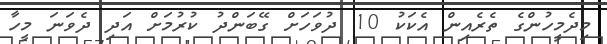
މިދެމީހުންގެ ތެރެއިން އެކަކު 10 ދުވަހަށް ގޭބަންދު ކުރުމަށް އަދި ދެވަނަ މީހާ